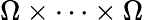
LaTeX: \Omega\times\dots\times\Omega